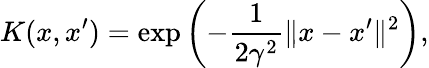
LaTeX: K(x,x^{\prime})=\exp\left(-\frac{1}{2\gamma^{2}}\| x-x^{\prime}\| ^{2}\right),